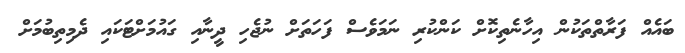
ބައެއް ފަރާތްތަކުން އިހާނެތިކޮށް ކަންކުރި ނަމަވެސް ފަހަތަށް ނުޖެހި ދީނާއި ގައުމަށްޓަކައި ދެމިތިބުމަށް